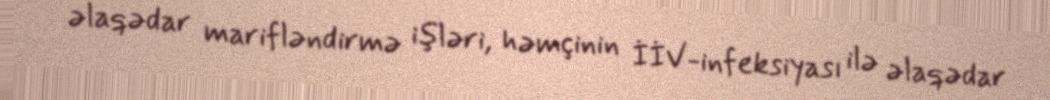
əlaqədar marifləndirmə işləri, həmçinin İİV-infeksiyası ilə əlaqədar